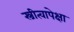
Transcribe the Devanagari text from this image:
स्त्रीत्वापेक्षा